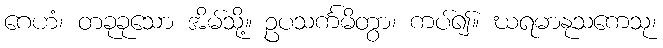
ဂေဟံ၊ တခုခုသော အိမ်သို့။ ဥပသင်္ကမိတွာ၊ ကပ်၍။ ဃရမာနုသကေသု၊